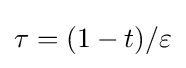
\tau =(1-t)/\varepsilon